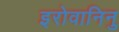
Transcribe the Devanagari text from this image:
इरोवानिनु